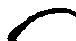
候